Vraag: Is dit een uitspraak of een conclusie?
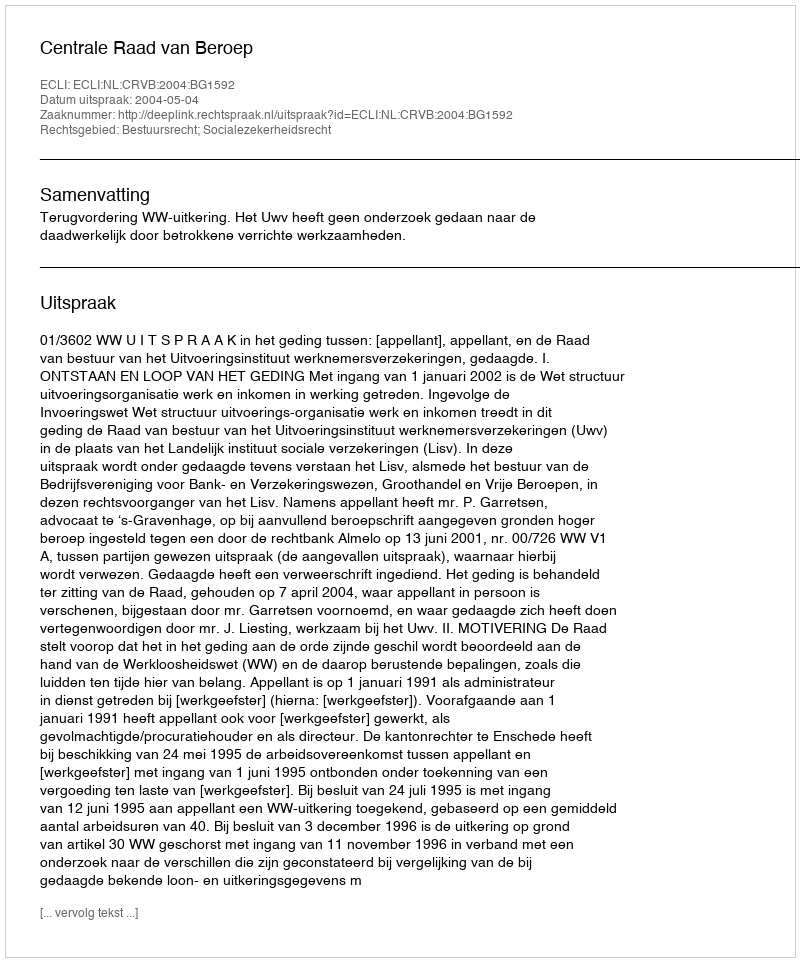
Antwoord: Uitspraak